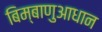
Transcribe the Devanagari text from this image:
बिम्बाणुआधान